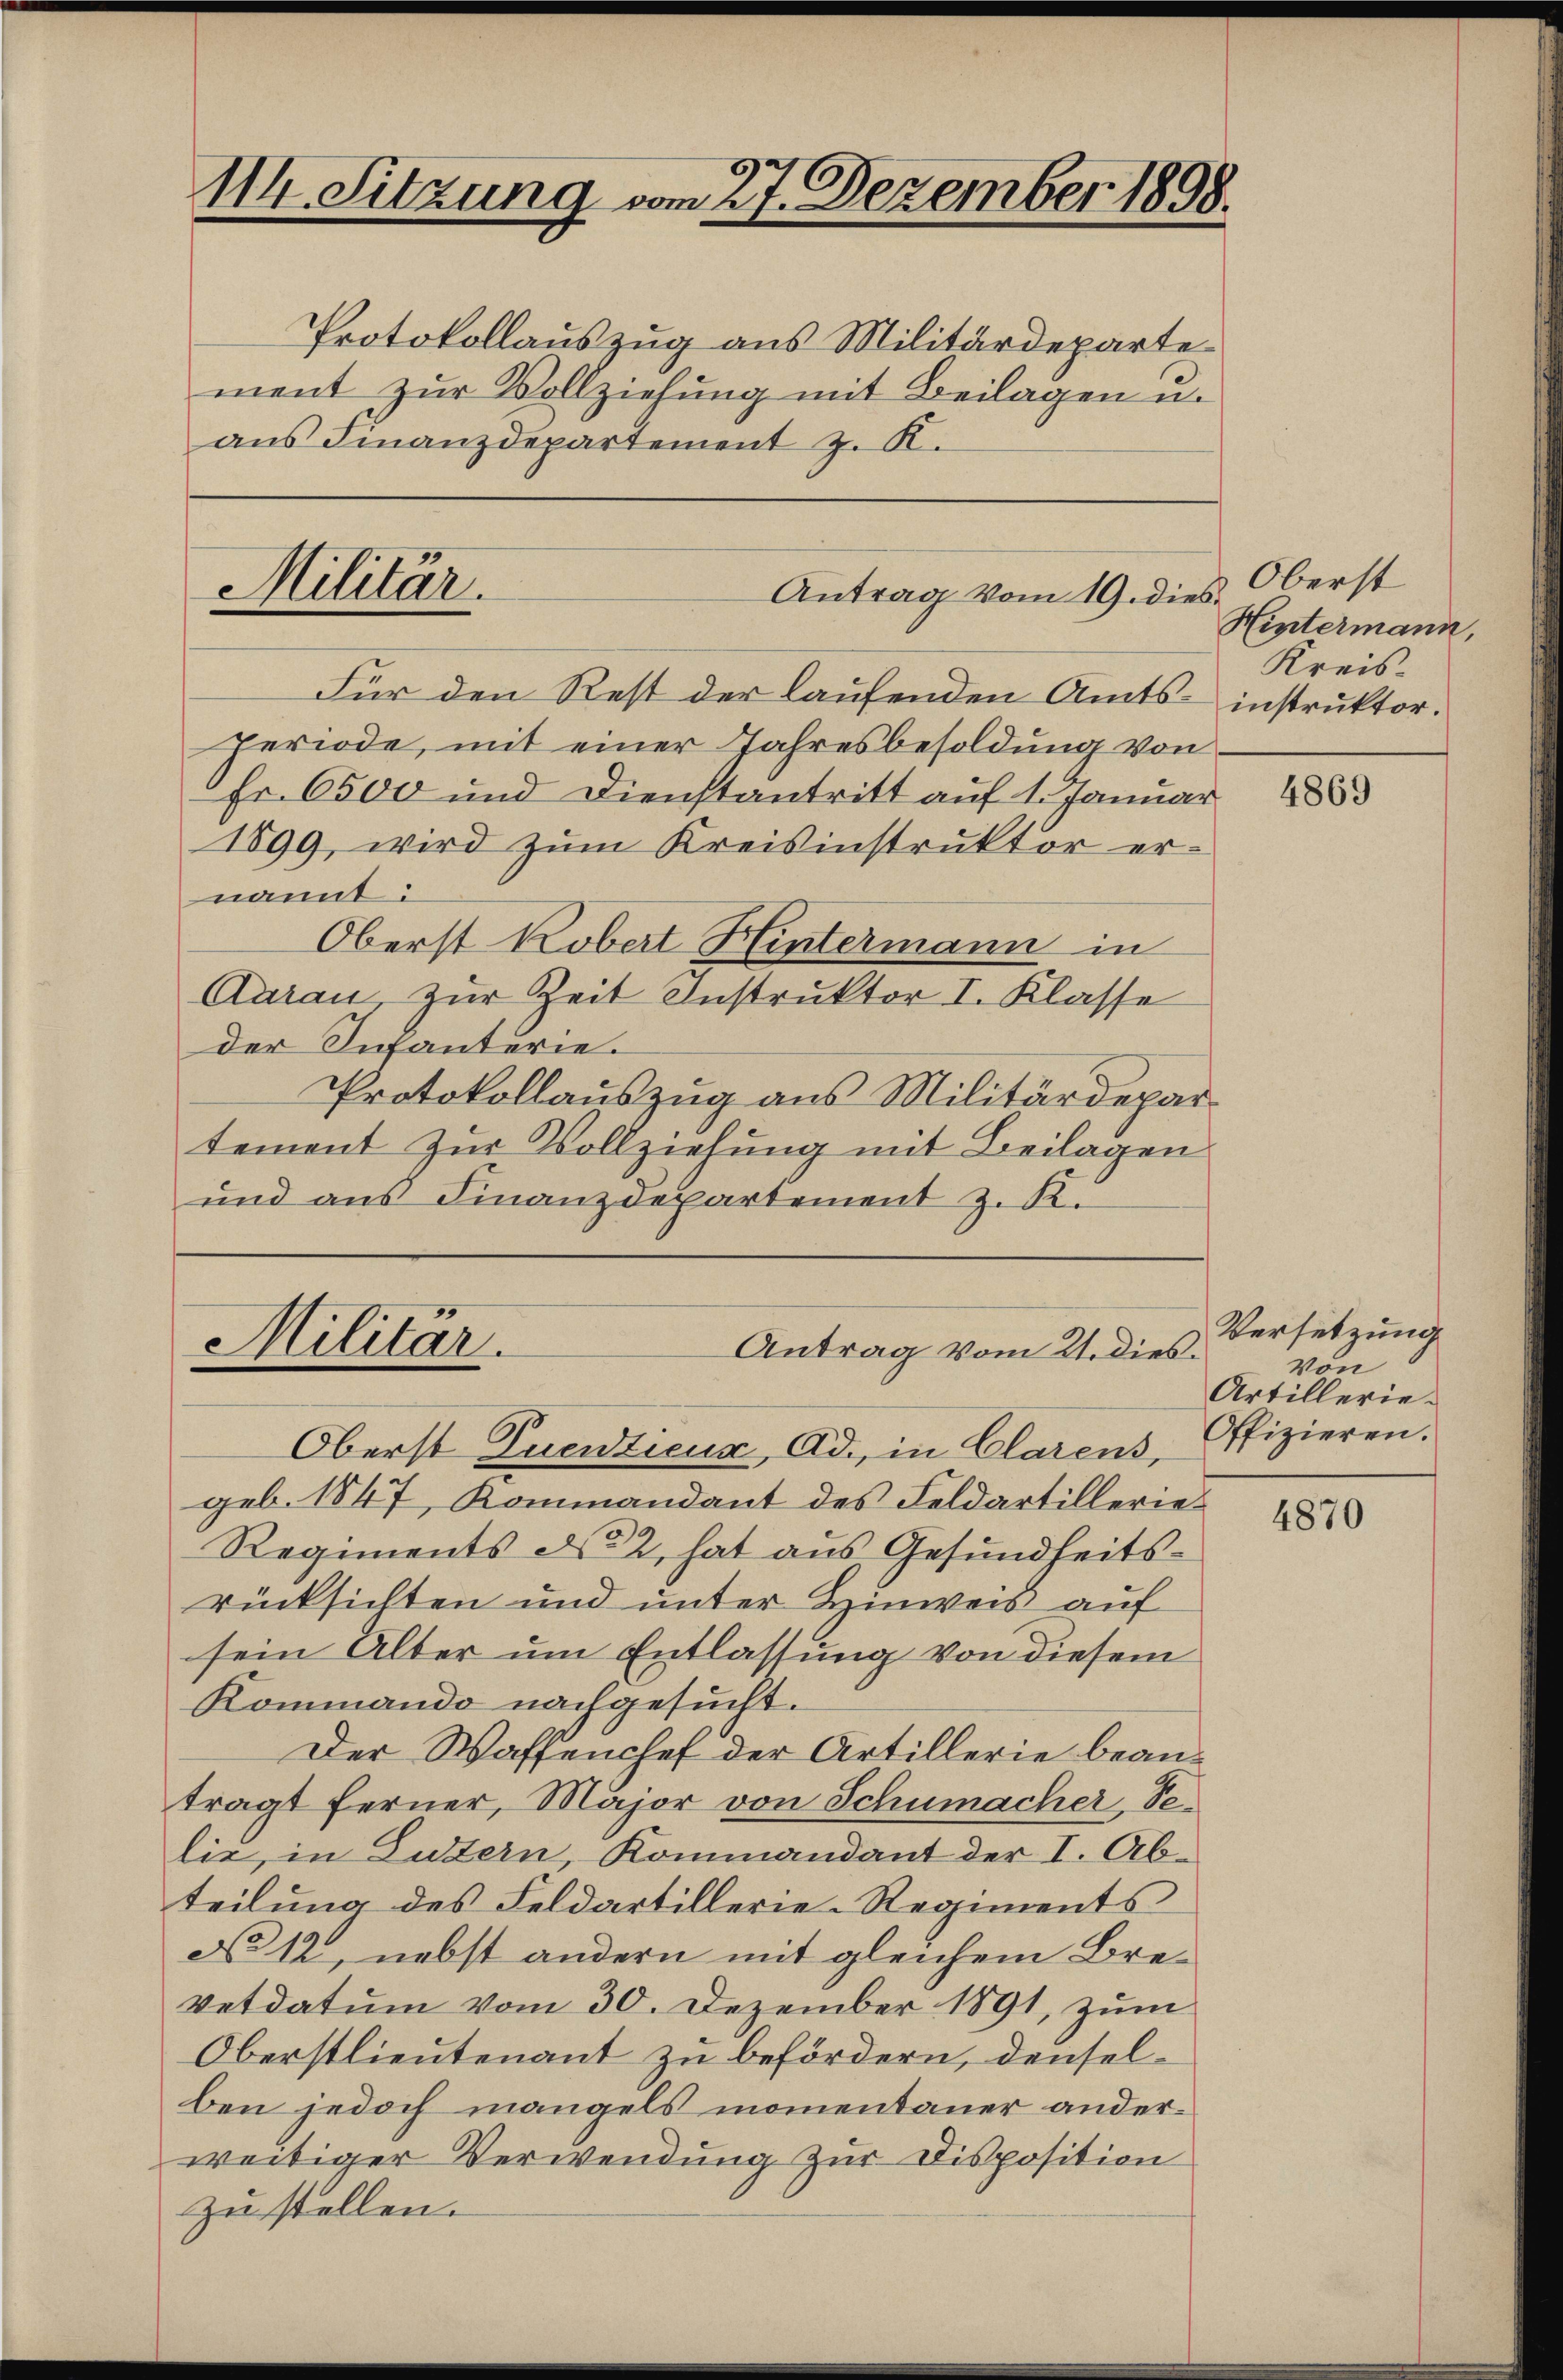
114. Sitzung vom 27. Dezember 1898.

Protokollauszug aus Militärdeparte
ment zur Vollziehung mit Beilagen u.
ans Finanzdepartement z. K.

Militär.
Antrag vom 19. dies¬

Für den Rest der laufenden Amts- instruktor.
periode, mit einer Jahresbesoldung von
Fr. 6500 und Dienstantritt auf 1. Januar
1899, wird zum Kreisinstruktor ernannt:
Oberst Kobert Hintermann in
Aarau, zur Zeit Instruktor I. Klasse
der Infanterie.
Protokollauszug aus Militärdepar
tement zur Vollziehung mit Beilagen
und aus Finanzdepartement z. K.

Militär.
Antrag vom 21. dies
Oberst Tuentieux, Ad., in Clarens,

geb. 1847, Kommandant des Feldartillerie¬
Regiments No 2, hat aus Gesundheitsrücksichten und unter Hinweis auf
sein Alter um Entlassung von diesem
Kommando nachgesucht.
Der Waffenchef der Artillerie beanträgt ferner, Major von Schumacher Selie, in Luzern, Kommandant der I. Abteilung des Feldartillerie-Regiments
No 12, nebst andern mit gleichem Bre¬
Vetdatum vom 30. Dezember 1891, zum
Oberstlieutenant zu befördern, denselben jedoch mangels momentauer anderweitiger Verwendung zur Disposition
zu stellen.

Oberst
Hintermann,
Kreis-

4869

Versetzung
.
Von
Artillerie-
Offizieren.

4870